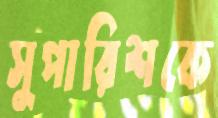
সুপারিশকে